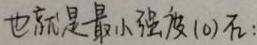
也就是最小强度(0)石: